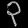
Digit: ၃